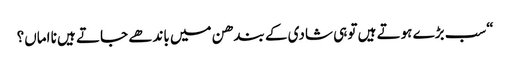
“سب بڑے ہوتے ہیں تو ہی شادی کے بندھن میں باندھے جاتے ہیں نا اماں؟